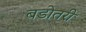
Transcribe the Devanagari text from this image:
बडोतरी